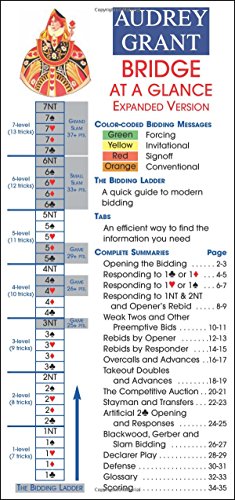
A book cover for Bridge at a Glance; Audrey Grant; Humor & Entertainment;